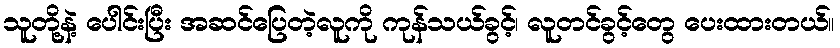
သူတို့နဲ့ ပေါင်းပြီး အဆင်ပြေတဲ့လူကို ကုန်သယ်ခွင့်၊ လူတင်ခွင့်တွေ ပေးထားတယ်။